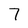
Character: 7